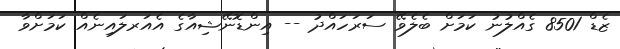
ޒެޑް 8501 ގެއްލުނު ކަމަށް ބެލެވޭ ސަރަހައްދު -- އިންޑޮނޭޝިއާގެ އެއަރލައިނެއް ކަމަށްވާ